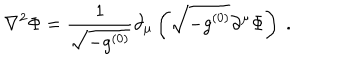
LaTeX: \nabla ^ { 2 } \Phi = \frac { 1 } { \sqrt { - g ^ { ( 0 ) } } } \partial _ { \mu } \left( \sqrt { - g ^ { ( 0 ) } } \partial ^ { \mu } \Phi \right) \ .